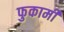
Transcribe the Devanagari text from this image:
फुकामी